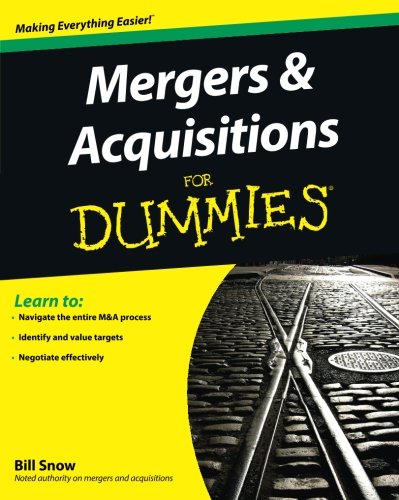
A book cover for Mergers and Acquisitions For Dummies; Bill Snow; Business & Money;